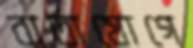
বার্তাযোগে